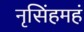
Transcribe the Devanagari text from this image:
नृसिंहमहं